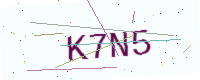
Text: K7N5